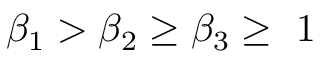
\beta _ { 1 } > \beta _ { 2 } \ge \beta _ { 3 } \ge ~ 1